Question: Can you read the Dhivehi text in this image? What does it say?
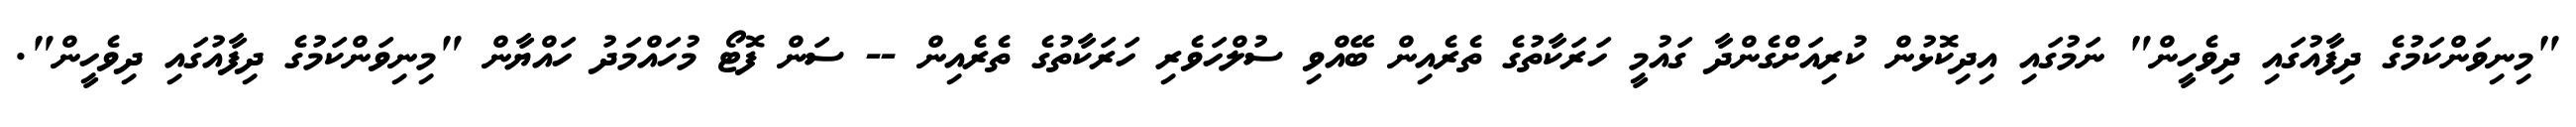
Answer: "މިނިވަންކަމުގެ ދިފާއުގައި ދިވެހީން" ނަމުގައި އިދިކޮޅުން ކުރިއަށްގެންދާ ގައުމީ ހަރަކާތުގެ ތެރެއިން ބޭއްވި ސުލްހަވެރި ހަރަކާތުގެ ތެރެއިން -- ސަން ފޮޓޯ މުހައްމަދު ހައްޔާން "މިނިވަންކަމުގެ ދިފާއުގައި ދިވެހީން".